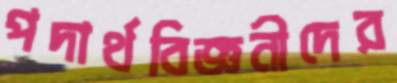
পদার্থবিজ্ঞনীদের